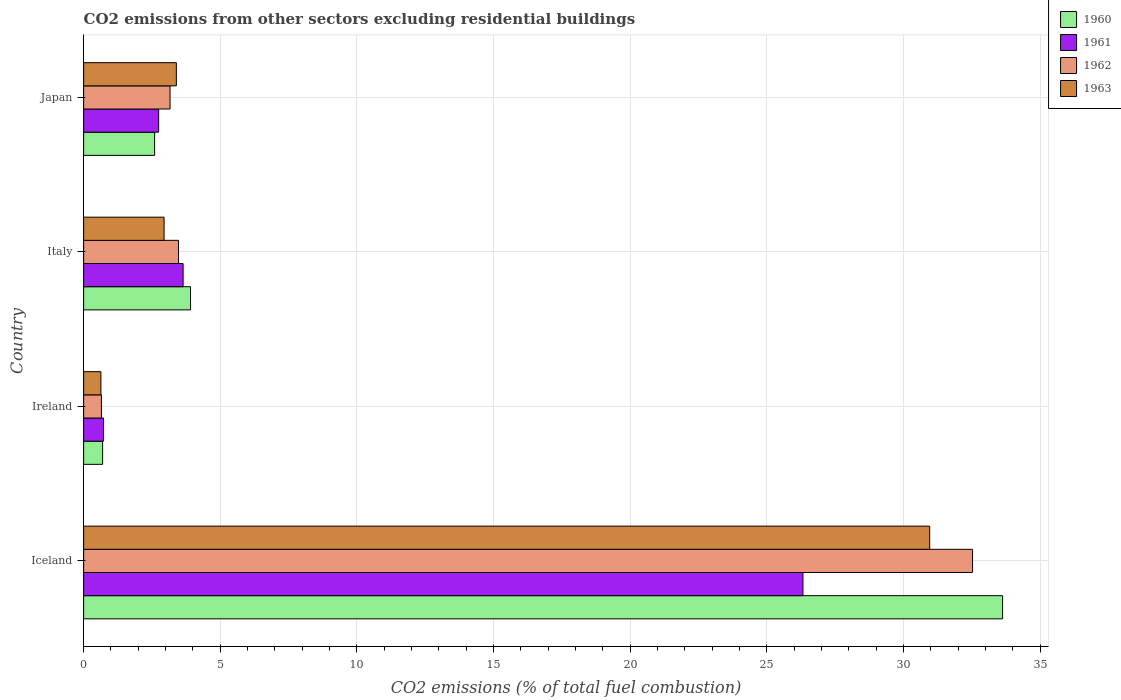
| Country | 1960 | 1961 | 1962 | 1963 |
 | --- | --- | --- | --- | --- |
 | Iceland | 33.6 | 26.3 | 32.5 | 31 |
 | Ireland | 0.694 | 0.729 | 0.651 | 0.632 |
 | Italy | 3.91 | 3.64 | 3.47 | 2.94 |
 | Japan | 2.6 | 2.74 | 3.16 | 3.39 |